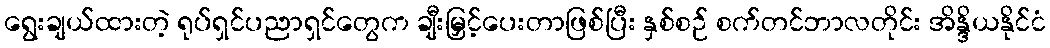
ရွေးချယ်ထားတဲ့ ရုပ်ရှင်ပညာရှင်တွေက ချီးမြှင့်ပေးတာဖြစ်ပြီး နှစ်စဉ် စက်တင်ဘာလတိုင်း အိန္ဒိယနိုင်ငံ